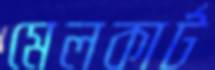
মেলকার্ট